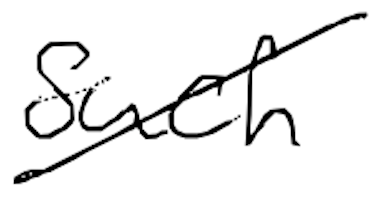
Text: such
Cross-out: diagonal
Writing tool: digital_black